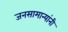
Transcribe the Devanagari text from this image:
जनसामान्यांनी